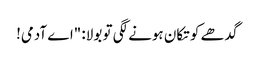
گدھے کو تکان ہونے لگی تو بولا: "اے آدمی!